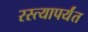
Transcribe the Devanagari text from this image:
रस्त्यापर्यंत